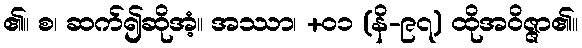
၏။ စ၊ ဆက်၍ဆိုအံ့။ အဿာ၊ +၀၁ (နိ-၉၇) ထိုအဝိဇ္ဇာ၏။